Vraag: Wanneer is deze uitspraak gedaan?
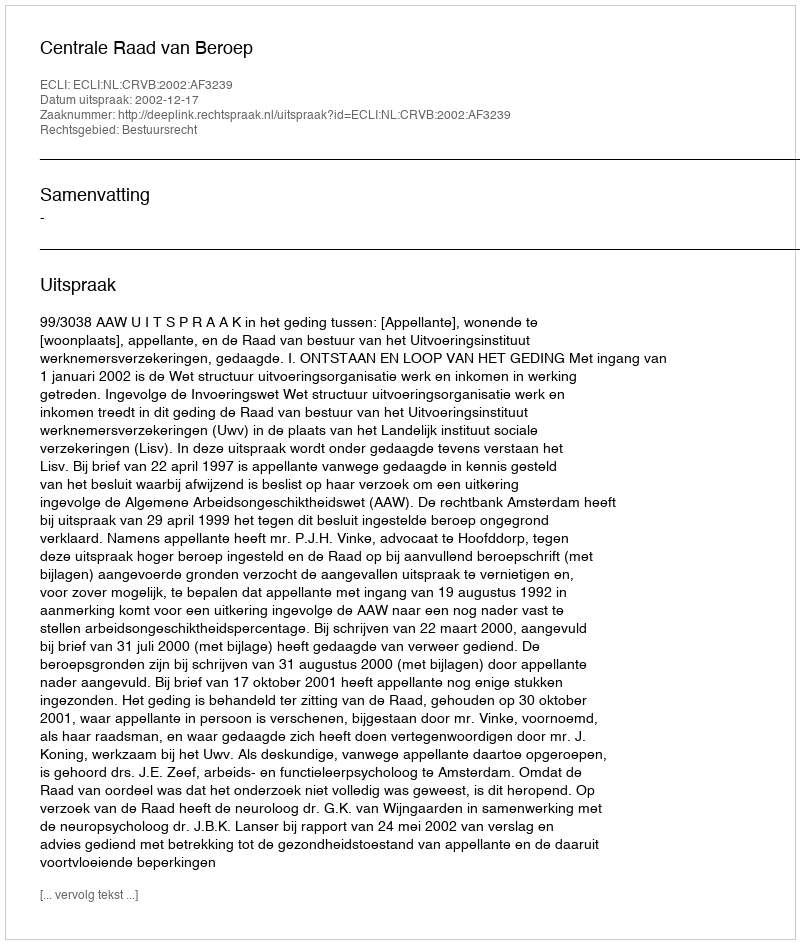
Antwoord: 2002-12-17